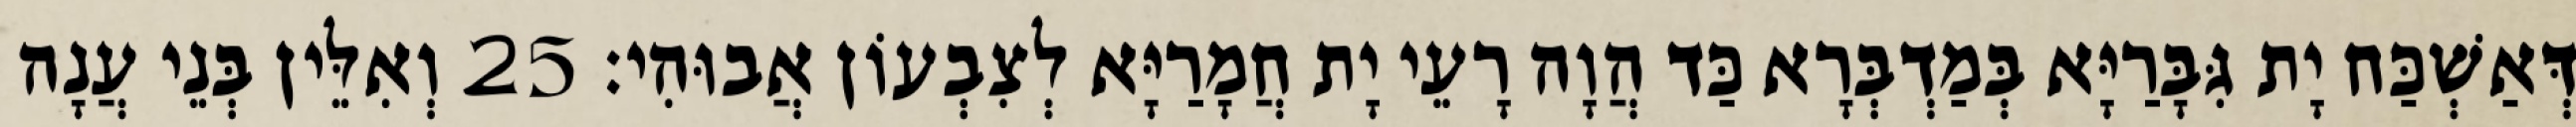
דְּאַשְׁכַּח יָת גִּבָּרַיָּא בְּמַדְבְּרָא כַּד הֲוָה רָעֵי יָת חֲמָרַיָּא לְצִבְעוֹן אֲבוּהִי׃ 25 וְאִלֵּין בְּנֵי עֲנָה